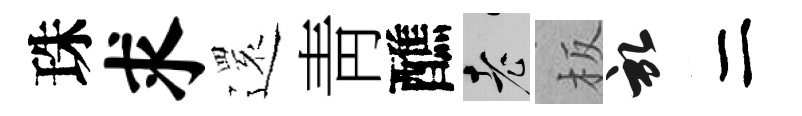
珠求𮟃靑醮老板啓二